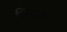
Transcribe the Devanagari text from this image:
विनाशत